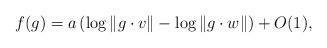
LaTeX: \begin{align*} f(g)=a\left(\log\|g\cdot v\|-\log\|g\cdot w\|\right)+O(1), \end{align*}